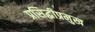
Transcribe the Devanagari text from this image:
प्रसिद्धीप्रमुख